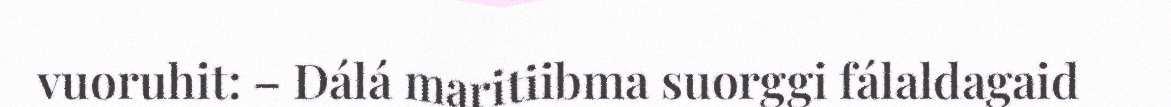
vuoruhit: – Dálá maritiibma suorggi fálaldagaid